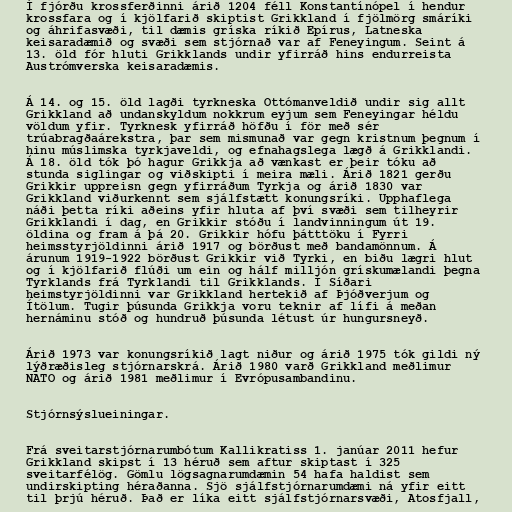
Í fjórðu krossferðinni árið 1204 féll Konstantínópel í hendur
krossfara og í kjölfarið skiptist Grikkland í fjölmörg smáríki
og áhrifasvæði, til dæmis gríska ríkið Epírus, Latneska
keisaradæmið og svæði sem stjórnað var af Feneyingum. Seint á
13. öld fór hluti Grikklands undir yfirráð hins endurreista
Austrómverska keisaradæmis.

Á 14. og 15. öld lagði tyrkneska Ottómanveldið undir sig allt
Grikkland að undanskyldum nokkrum eyjum sem Feneyingar héldu
völdum yfir. Tyrknesk yfirráð höfðu í för með sér
trúabragðaárekstra, þar sem mismunað var gegn kristnum þegnum í
hinu múslimska tyrkjaveldi, og efnahagslega lægð á Grikklandi.
Á 18. öld tók þó hagur Grikkja að vænkast er þeir tóku að
stunda siglingar og viðskipti í meira mæli. Árið 1821 gerðu
Grikkir uppreisn gegn yfirráðum Tyrkja og árið 1830 var
Grikkland viðurkennt sem sjálfstætt konungsríki. Upphaflega
náði þetta ríki aðeins yfir hluta af því svæði sem tilheyrir
Grikklandi í dag, en Grikkir stóðu í landvinningum út 19.
öldina og fram á þá 20. Grikkir hófu þátttöku í Fyrri
heimsstyrjöldinni árið 1917 og börðust með bandamönnum. Á
árunum 1919-1922 börðust Grikkir við Tyrki, en biðu lægri hlut
og í kjölfarið flúði um ein og hálf milljón grískumælandi þegna
Tyrklands frá Tyrklandi til Grikklands. Í Síðari
heimstyrjöldinni var Grikkland hertekið af Þjóðverjum og
Ítölum. Tugir þúsunda Grikkja voru teknir af lífi á meðan
hernáminu stóð og hundruð þúsunda létust úr hungursneyð.

Árið 1973 var konungsríkið lagt niður og árið 1975 tók gildi ný
lýðræðisleg stjórnarskrá. Árið 1980 varð Grikkland meðlimur
NATO og árið 1981 meðlimur í Evrópusambandinu.

Stjórnsýslueiningar.

Frá sveitarstjórnarumbótum Kallikratiss 1. janúar 2011 hefur
Grikkland skipst í 13 héruð sem aftur skiptast í 325
sveitarfélög. Gömlu lögsagnarumdæmin 54 hafa haldist sem
undirskipting héraðanna. Sjö sjálfstjórnarumdæmi ná yfir eitt
til þrjú héruð. Það er líka eitt sjálfstjórnarsvæði, Atosfjall,